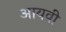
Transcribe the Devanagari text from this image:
आयवी